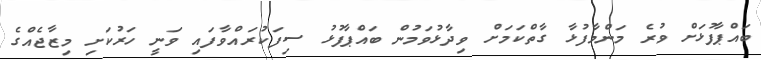
ބައްޕާފުޅަށް ވުރެ މަންމާފުޅާ ގާތްކަމަށް ވިދާޅުވަމުން ބައްޕާފުޅު ސިފަކުރައްވާފައި ވަނީ ހަރުކަށި މިޒާޖެއްގެ